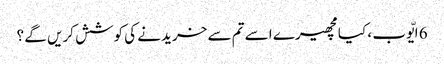
6 ایّوب ، کیا مچھیرے اسے تم سے خریدنے کی کوشش کریں گے ؟